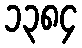
၁၃၈၄